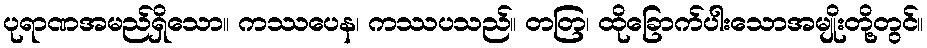
ပုရာဏအမည်ရှိသော။ ကဿပေန၊ ကဿပသည်။ တတြ၊ ထိုခြောက်ပါးသောအမျိုးတို့တွင်။